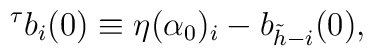
^{\tau}b_{i}(0) \equiv \eta(\alpha_{0})_{i} - b_{\tilde{h}-i}(0) ,